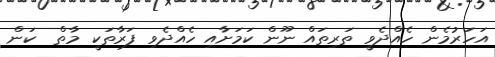
އަހަރުމެން ހެއްދެވީ ތަރިތައް ނޫން ކަމަށާއި ހެއްދެވި ފަރާތަކީ މާތް  ކަން